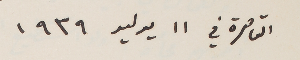
القاهرة في ١١ يوليو ١٩٣٩